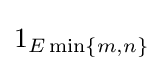
1_{E\operatorname {min} \{m,n\}}